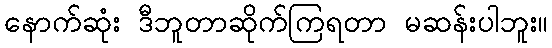
နောက်ဆုံး ဒီဘူတာဆိုက်ကြရတာ မဆန်းပါဘူး။